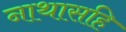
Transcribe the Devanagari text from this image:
नाथासहि